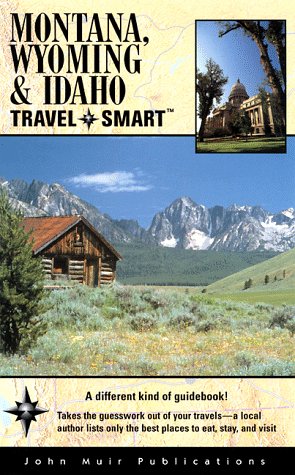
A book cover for Montana, Wyoming, & Idaho: Travel Smart (Montana, Wyoming & Idaho Travel-Smart, 1st ed); C. J. Box; Travel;